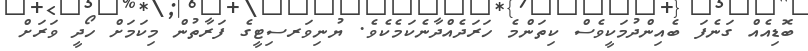
ބޮޑިއެއް ގަނެފަ ބެއިންދުމަކީވެސް ކިތަންމެ ހަރަދެއްދާނެކަމެކެވެ. ޔުނިވަރސިޓީގެ ފަރާތުން މިކަމަށް ހޯދީ ވަރަށް